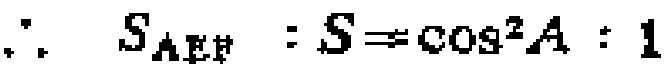
\(\therefore S_{\triangle EFP}:S = \cos^{2}A:1\)